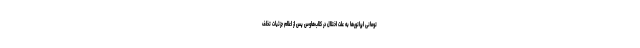
تومانی اپراتورها به علت اختلال در کلاب‌هاوس پس از اعلام جزئیات تخلف